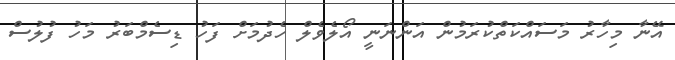
އޭނާ މިހާރު މަސައްކަތްކުރަމުން އަންނަނީ އޯލެވެލް ހެދުމަށް ފަހު ޑިސެމްބަރު މަހު ފުލުސް